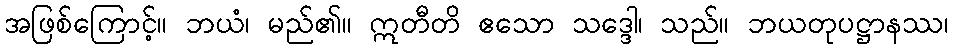
အဖြစ်ကြောင့်။ ဘယံ၊ မည်၏။ ဣတီတိ ဧသော သဒ္ဒေါ၊ သည်။ ဘယတုပဋ္ဌာနဿ၊